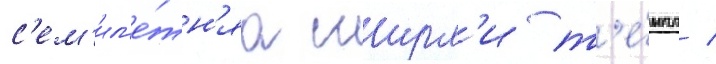
с'ем'ил'е́тн'яа ширл'и т'е́мпл /